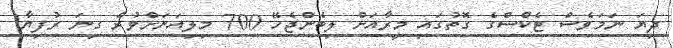
ދިޔަ ނަމަވެސް ޓެކްސްގެ ގޮތުގައި މީރާއަށް ލިބެންޖެހޭ 700 މިލިއަނަށްވުރެ ގިނަ ރުފިޔާ